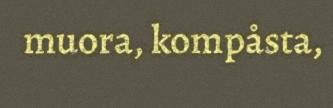
muora, kompåsta,